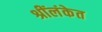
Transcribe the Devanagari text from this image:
श्रींलंकेत